Lunatic asylums in Bengal annual reports 1888-1898 - 1888-1898
Year: 1888
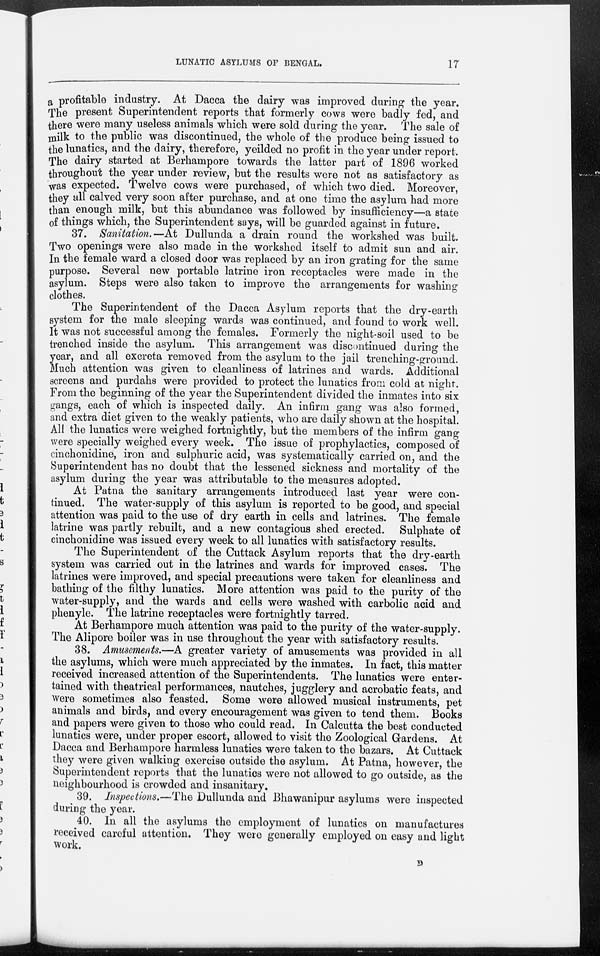
LUNATIC ASYLUMS OF BENGAL,
17
a profitable industry. At Dacca the dairy was improved during the year.
The present Superintendent reports that formerly cows were badly fed, and
there were many useless animals which were sold during the year. The sale of
milk to the public was discontinued, the whole of the produce being issued to
the lunatics, and the dairy, therefore, yeilded no profit in the year under report.
The dairy started at Berhampore towards the latter part of 1896 worked
throughout the year under review, but the results were not as satisfactory as
was expected. Twelve cows were purchased, of which two died. Moreover,
they all calved very soon after purchase, and at one time the asylum had more
than enough milk, but this abundance was followed by insufficiency—a state
of things which, the Superintendent says, will be guarded against in future.
37. Sanitation.—At Dullunda a drain round the workshed was built.
Two openings were also made in the workshed itself to admit sun and air.
In the female ward a closed door was replaced by an iron grating for the same
purpose. Several new portable latrine iron receptacles were made in the
asylum. Steps were also taken to improve the arrangements for washing
clothes.
The Superintendent of the Dacca Asylum reports that the dry-earth
system for the male sleeping wards was continued, and found to work well.
It was not successful among the females. Formerly the night-soil used to be
trenched inside the asylum. This arrangement was discontinued during the
year, and all excreta removed from the asylum to the jail trenching-ground.
Much attention was given to cleanliness of latrines and wards. Additional
screens and purdahs were provided to protect the lunatics from cold at night.
From the beginning of the year the Superintendent divided the inmates into six
gangs, each of which is inspected daily. An infirm gang was also formed,
and extra diet given to the weakly patients, who are daily shown at the hospital.
All the lunatics were weighed fortnightly, but the members of the infirm gang
were specially weighed every week. The issue of prophylactics, composed of
cinchonidine, iron and sulphuric acid, was systematically carried on, and the
Superintendent has no doubt that the lessened sickness and mortality of the
asylum during the year was attributable to the measures adopted.
At Patna the sanitary arrangements introduced last year were con-
tinued. The water-supply of this asylum is reported to be good, and special
attention was paid to the use of dry earth in cells and latrines. The female
latrine was partly rebuilt, and a new contagious shed erected. Sulphate of
cinchonidine was issued every week to all lunatics with satisfactory results.
The Superintendent of the Cuttack Asylum reports that the dry-earth
system was carried out in the latrines and wards for improved cases. The
latrines were improved, and special precautions were taken for cleanliness and
bathing of the filthy lunatics. More attention was paid to the purity of the
water-supply, and the wards and cells were washed with carbolic acid and
phenyle. The latrine receptacles were fortnightly tarred.
At Berhampore much attention was paid to the purity of the water-supply.
The Alipore boiler was in use throughout the year with satisfactory results.
38. Amusements.—A greater variety of amusements was provided in all
the asylums, which were much appreciated by the inmates. In fact, this matter
received increased attention of the Superintendents. The lunatics were enter-
tained with theatrical performances, nautches, jugglery and acrobatic feats, and
were sometimes also feasted. Some were allowed musical instruments, pet
animals and birds, and every encouragement was given to tend them. Books
and papers were given to those who could read. In Calcutta the best conducted
lunatics were, under proper escort, allowed to visit the Zoological Gardens. At
Dacca and Berhampore harmless lunatics were taken to the bazars. At Cuttack
they were given walking exercise outside the asylum. At Patna, however, the
Superintendent reports that the lunatics were not allowed to go outside, as the
neighbourhood is crowded and insanitary.
39. Inspections.—The Dullunda and Bhawanipur asylums were inspected
during the year.
40. In all the asylums the employment of lunatics on manufactures
received careful attention. They were generally employed on easy and light
work.
D